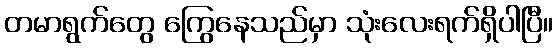
တမာရွက်တွေ ကြွေနေသည်မှာ သုံးလေးရက်ရှိပါပြီ။